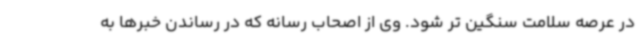
در عرصه سلامت سنگین تر شود. وی از اصحاب رسانه که در رساندن خبرها به